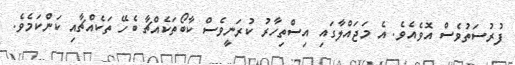
ފުރުސަތުވެސް އޮވެއެވެ. އެ މަޖައްލާގައި އިސްތިހާރު ކުރަނީވެސް ކާބޯތަކެއްޗާ ބެހޭ ތަކެއްޗާއި ކަންކަމެވެ.